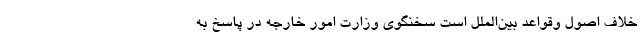
خلاف اصول وقواعد بین‌الملل است سخنگوی وزارت امور خارجه در پاسخ به